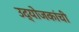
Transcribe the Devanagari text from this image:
उद्योजकांची